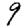
Digit: 9